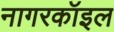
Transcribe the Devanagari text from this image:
नागरकॉइल